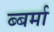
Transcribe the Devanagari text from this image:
ब्बर्मा